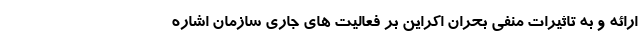
ارائه و به تاثیرات منفی بحران اکراین بر فعالیت های جاری سازمان اشاره